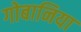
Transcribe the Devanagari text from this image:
गोबानिया